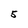
Character: 5